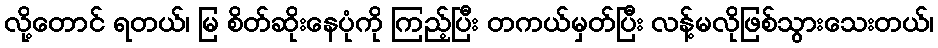
လို့တောင် ရတယ်၊ မြ စိတ်ဆိုးနေပုံကို ကြည့်ပြီး တကယ်မှတ်ပြီး လန့်မလိုဖြစ်သွားသေးတယ်၊